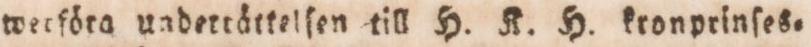
werföra undertättelſen till H. K. H. kronprinſes=